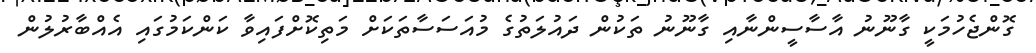
ގޮންޖެހުމަކީ ގާނޫނު އާސާސީންނާއި ގާނޫނު ތަކުން ދައުލަތުގެ މުއަސަސާތަކަށް މަތިކޮށްފައިވާ ކަންކަމުގައި އެއްބާރުލުން